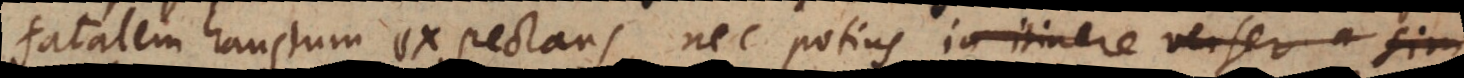
fatalem haustum expectans, nec potius in itinere verser a sim